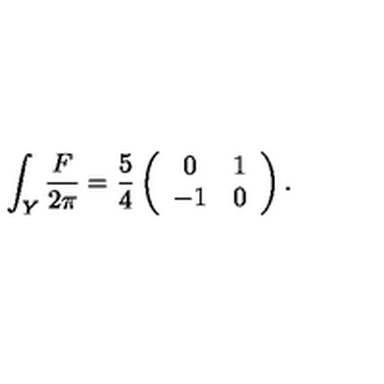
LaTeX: { \int _ { Y } { \frac { F } { 2 \pi } } = { \frac { 5 } { 4 } } \left( \begin{array} { c c } { 0 } & { 1 } \\ { - 1 } & { 0 } \\ \end{array} \right) . }